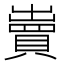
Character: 𧷓